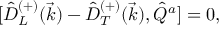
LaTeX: { [ } \hat { D } _ { L } ^ { ( + ) } ( \vec { k } ) - \hat { D } _ { T } ^ { ( + ) } ( \vec { k } ) , \hat { Q } ^ { a } ] = 0 ,